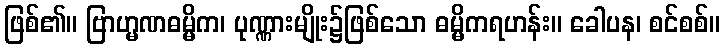
ဖြစ်၏။ ဗြာဟ္မဏဓမ္မိက၊ ပုဏ္ဏားမျိုး၌ဖြစ်သော ဓမ္မိကရဟန်း။ ခေါပန၊ စင်စစ်။